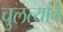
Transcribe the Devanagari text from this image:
चुलत्यांचे